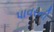
પાવરની